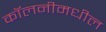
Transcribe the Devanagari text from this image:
कॉलनीमधील